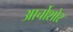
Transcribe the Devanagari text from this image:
आर्चोशोर